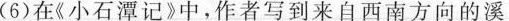
( 6 ) 在《 小石潭记 》中，作者写到来自西南方向的溪